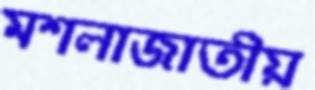
মশলাজাতীয়